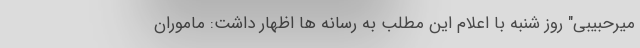
میرحبیبی" روز شنبه با اعلام این مطلب به رسانه ها اظهار داشت: ماموران